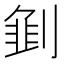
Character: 𱐣